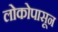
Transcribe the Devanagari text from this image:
लोकोपासून